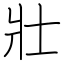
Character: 壯